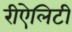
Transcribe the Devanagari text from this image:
रीऐलिटी